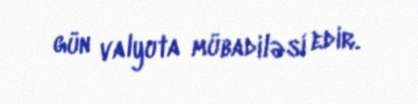
gün valyuta mübadiləsi edir.